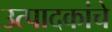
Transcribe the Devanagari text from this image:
उत्पादकांचे